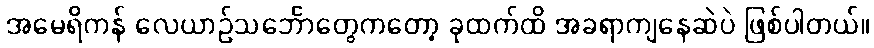
အမေရိကန် လေယာဥ်သင်္ဘောတွေကတော့ ခုထက်ထိ အခရာကျနေဆဲပဲ ဖြစ်ပါတယ်။